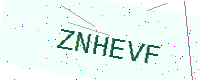
Text: ZNHEVF